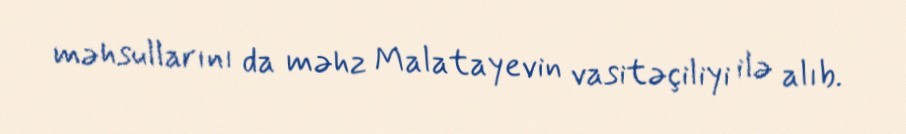
məhsullarını da məhz Malatayevin vasitəçiliyi ilə alıb.